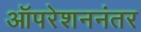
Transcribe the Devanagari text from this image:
ऑपरेशननंतर